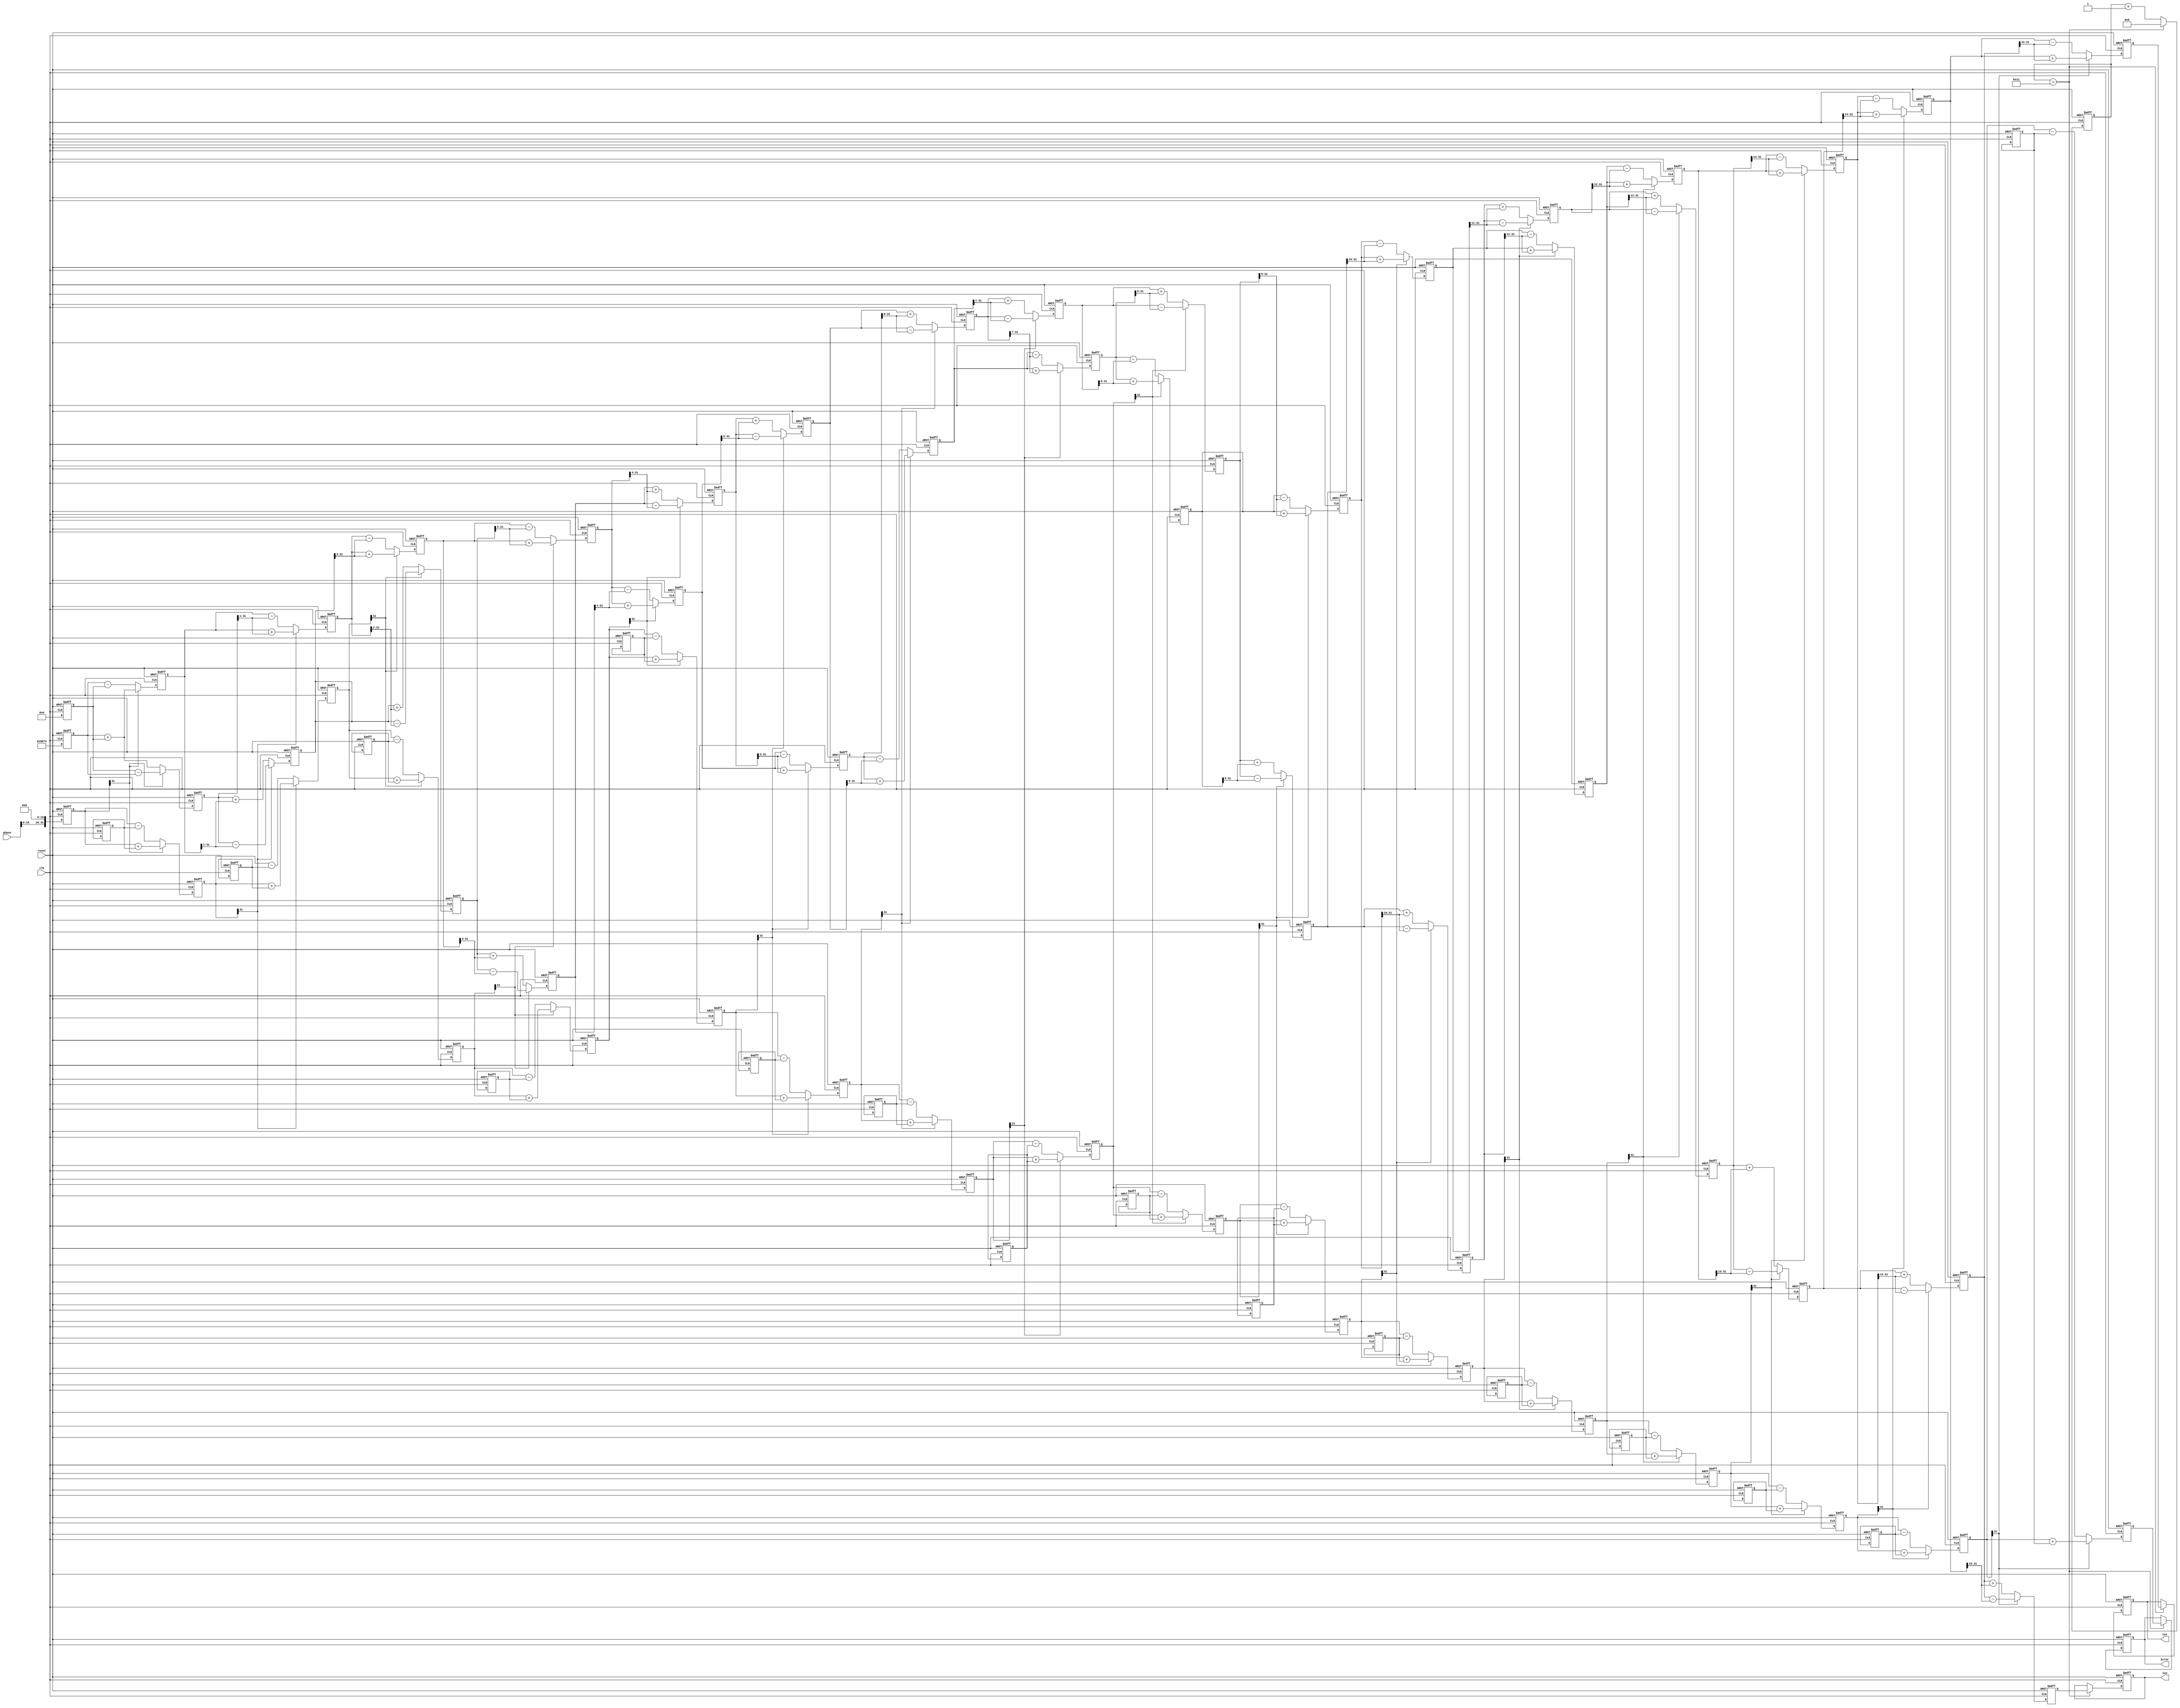
module cordic_function1(phase,clk,reset,sin,cos,Error
);
input 	[31:0]	phase;
input		clk;
input		reset;
output	[31:0]	sin;
output	[31:0]	cos;
output  [31:0]	Error;

reg	signed	[31:0]		sin;
reg signed	[31:0]		cos;
reg signed	[31:0]		Error;
reg signed	[31:0]		x[16:0],y[16:0],z[16:0];
reg signed  [31:0]		rot[15:0];
reg         [8:0]      Quadrant;

parameter pipeline = 16;
parameter k = 32'h09b74;		//k=0.607253*2^16 

always@(posedge clk or negedge reset)begin
	if(!reset)begin
		x[0] <= 1'b0;
		y[0] <= 1'b0;
		z[0] <= 1'b0;
		rot[0] <= 32'd2949120;       //45*2^16
  		rot[1] <= 32'd1740992;       //26.5651*2^16
 		rot[2] <= 32'd919872;        //14.0362*2^16
 		rot[3] <= 32'd466944;        //7.1250*2^16
 		rot[4] <= 32'd234368;        //3.5763*2^16
 		rot[5] <= 32'd117312;        //1.7899*2^16
 		rot[6] <= 32'd58688;         //0.8952*2^16
 		rot[7] <= 32'd29312;         //0.4476*2^16
 		rot[8] <= 32'd14656;         //0.2238*2^16
  		rot[9] <= 32'd7360;          //0.1119*2^16
  		rot[10] <= 32'd3648;          //0.0560*2^16
		rot[11] <= 32'd1856;          //0.0280*2^16
		rot[12] <= 32'd896;           //0.0140*2^16
 		rot[13] <= 32'd448;           //0.0070*2^16
 		rot[14] <= 32'd256;           //0.0035*2^16
 		rot[15] <= 32'd128;           //0.0018*2^16
	end
	else begin
		x[0] <= k;
		y[0] <= 32'd0;
		z[0] <= phase[15:0] << 16;
	end
end

always@(posedge clk or negedge reset)
begin
    if(!reset)
    begin
        x[1] <= 1'b0;                         
        y[1] <= 1'b0;
        z[1] <= 1'b0;
    end
    else if(z[0][31])
    begin
      x[1] <= x[0] + y[0];
      y[1] <= y[0] - x[0];
      z[1] <= z[0] + rot[0];
    end
    else
    begin
      x[1] <= x[0] - y[0];
      y[1] <= y[0] + x[0];
      z[1] <= z[0] - rot[0];
    end
end

genvar gv_i;

generate 
	for(gv_i = 1 ; gv_i <= pipeline-1 ; gv_i = gv_i + 1)
	begin 
		always@(posedge clk or negedge reset)begin
			if(!reset)begin
				x[gv_i+1] <= 1'b0;
				y[gv_i+1] <= 1'b0;
				z[gv_i+1] <= 1'b0;
			end
			else if(z[gv_i][31]) begin
				x[gv_i+1] <= x[gv_i] + (y[gv_i] >>> gv_i);
				y[gv_i+1] <= y[gv_i] - (x[gv_i] >>> gv_i);
				z[gv_i+1] <= z[gv_i] + rot[gv_i];
			end	
			else begin
				x[gv_i+1] <= x[gv_i] - (y[gv_i] >>> gv_i);
				y[gv_i+1] <= y[gv_i] + (x[gv_i] >>> gv_i);
				z[gv_i+1] <= z[gv_i] - rot[gv_i];
			end	
		end
	end
endgenerate

always@(posedge clk or negedge reset)begin
    if(!reset)
    begin
        Quadrant <=	0;
    end
    else if(Quadrant==8'd17)
    begin
    	Quadrant<=0;
    end
    else 
    begin
    	Quadrant <= Quadrant + 1'b1;
    end
end

always@(posedge clk or negedge reset)begin
    if(!reset)
    begin
        cos <= 1'b0;
        sin <= 1'b0;
        Error <= 1'b0;
    end
    else if(Quadrant == 8'd17)
    begin
        Error <= z[16];
        cos <= x[16]; 
        sin <= y[16]; 
    end
end

endmodule